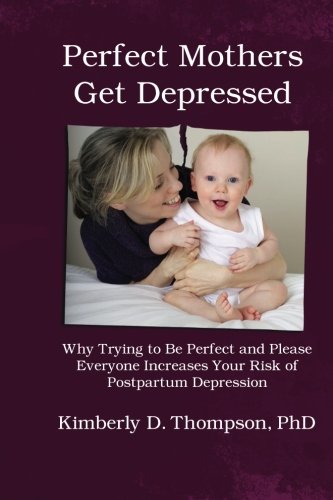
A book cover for Perfect Mothers Get Depressed: Why trying to be perfect, not speaking up, and always trying to please everyone increases your risk of postpartum depression; Kimberly Thompson; Health, Fitness & Dieting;